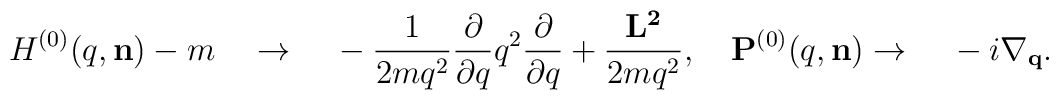
H^{(0)}(q,{\bf n})-m{\quad}\rightarrow{\quad}-\frac{1}{{2m}{q}^2}\frac{\partial}{{\partial}{q}}{q}^{2}\frac{\partial}{{\partial}{q}}+\frac{\bf L^{2}}{2mq^2},{\quad}{\bf P}^{(0)}(q,{\bf n})\rightarrow{\quad}-i\nabla_{\bf q}.